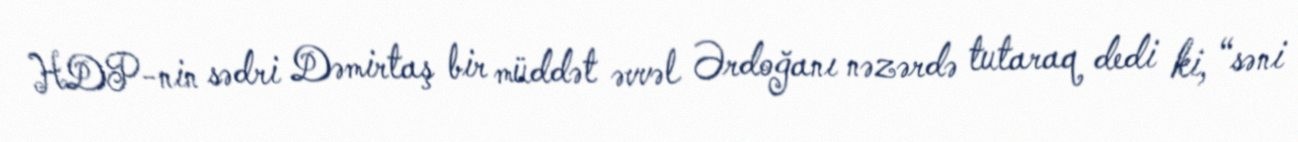
HDP-nin sədri Dəmirtaş bir müddət əvvəl Ərdoğanı nəzərdə tutaraq dedi ki, “səni